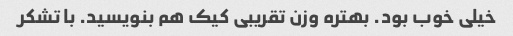
خیلی خوب بود. بهتره وزن تقریبی کیک هم بنویسید. با تشکر